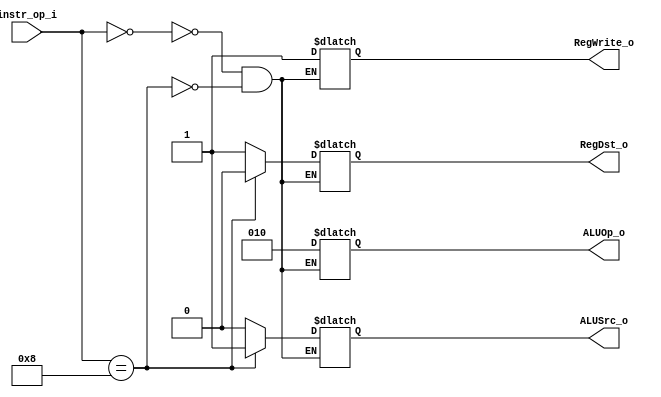
module Decoder( instr_op_i, RegWrite_o,	ALUOp_o, ALUSrc_o, RegDst_o );
     
//I/O ports
input	[6-1:0] instr_op_i;

output			RegWrite_o;
output	[3-1:0] ALUOp_o;
output			ALUSrc_o;
output			RegDst_o;
 
//Internal Signals
wire	[3-1:0] ALUOp_o;
wire			ALUSrc_o;
wire			RegWrite_o;
wire			RegDst_o;

//Main function
/*your code here*/
reg [3-1:0] fALUOp_o, fALUSrc_o, fRegWrite_o, fRegDst_o;	//fake output
always@(instr_op_i) begin
	case(instr_op_i)
		0: begin fALUOp_o <= 2; fALUSrc_o <= 0; fRegWrite_o <= 1; fRegDst_o <= 1; end
		8: begin fALUOp_o <= 2; fALUSrc_o <= 1; fRegWrite_o <= 1; fRegDst_o <= 0; end
	endcase
end
assign ALUOp_o = fALUOp_o;
assign ALUSrc_o = fALUSrc_o;
assign RegWrite_o = fRegWrite_o;
assign RegDst_o = fRegDst_o;
endmodule